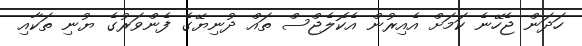
ހަދަން ޖެހޭނެ ކަމަށް އެއިރުން އެކޮލެޖްސް ތައް ދުނިޔޭގެ ފެންވަރުގެ ޔުނި ތަކާއި